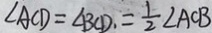
\angle A C D = \angle B C D = \frac { 1 } { 2 } \angle A C B